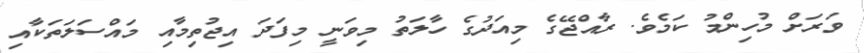
ވަރަށް މުހިންމު ކަމެވެ. ރާއްޖޭގެ މިއަދުގެ ހާލަތު މިވަނީ މިފަދަ އިޖުތިމާއި މައްސަލަތަކާއި